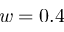
w = 0 . 4